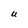
Character: U